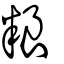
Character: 粮